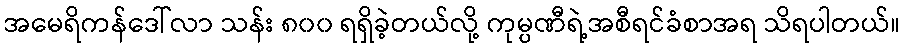
အမေရိကန်ဒေါ်လာ သန်း ၈၀၀ ရရှိခဲ့တယ်လို့ ကုမ္ပဏီရဲ့အစီရင်ခံစာအရ သိရပါတယ်။